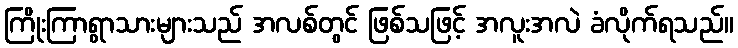
ကြိုးကြာရွာသားများသည် အလစ်တွင် ဖြစ်သဖြင့် အလူးအလဲ ခံလိုက်ရသည်။